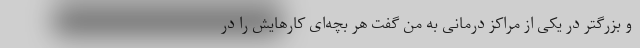
و بزرگتر در یکی از مراکز درمانی به من گفت هر بچه‌ای کارهایش را در